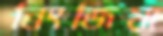
নিংজিয়া